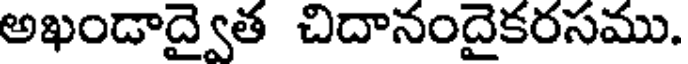
అఖండాద్వైత చిదానందైకరసము.